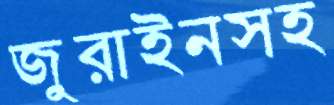
জুরাইনসহ